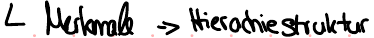
Merkmale -> Hierachiestruktur